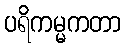
ပရိကမ္မကတာ